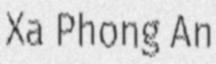
Xa Phong An